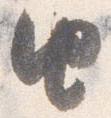
由